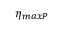
\eta _ { m a x P }